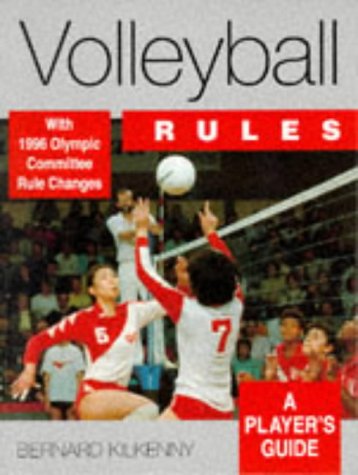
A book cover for Volleyball Rules (A player's guide); Bernard Kilkenny; Sports & Outdoors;